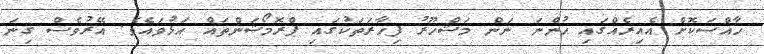
ހާއްސަކޮށް އެއިރެއްގައި ހުންނަ ނަން މަޝްހޫރު ފިހާރަތަކުގައި ޕްރޮމޯޝަންތައް އަޅުވައެވެ. އޭރުވެސް ގިނަ